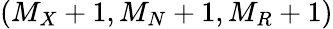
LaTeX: (M_{X}+1,M_{N}+1,M_{R}+1)